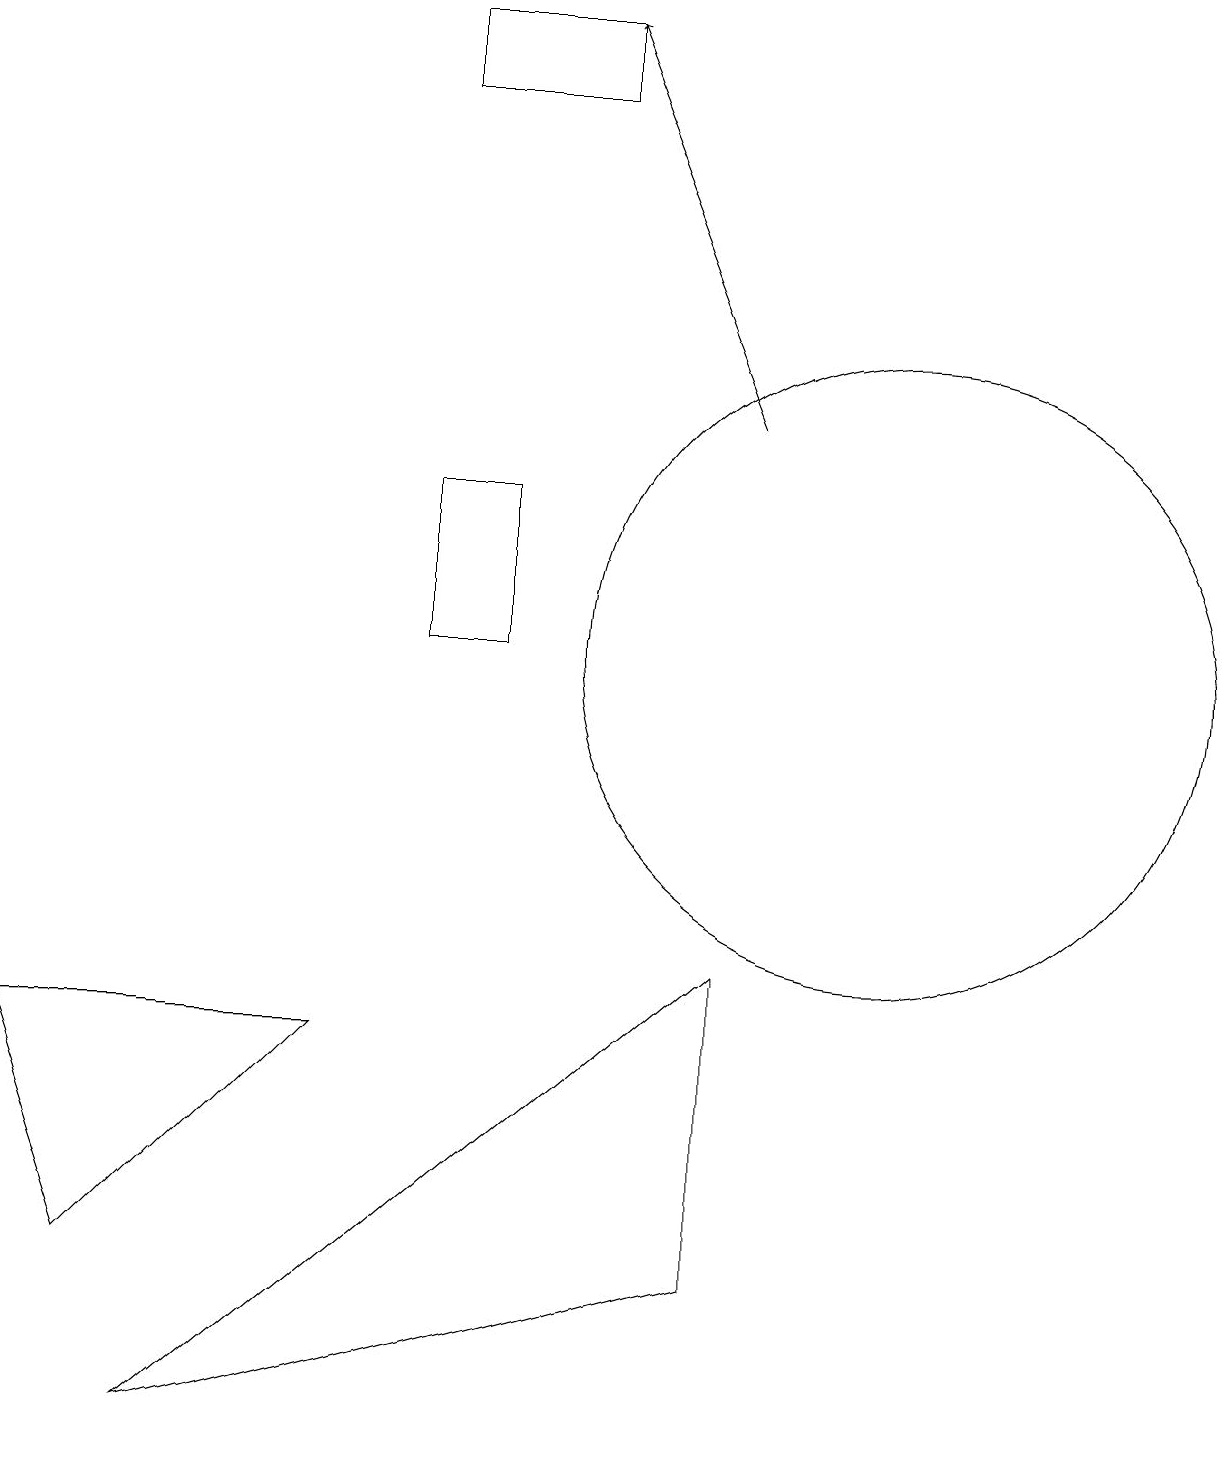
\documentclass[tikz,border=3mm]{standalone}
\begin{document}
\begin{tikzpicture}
\draw (7,18) rectangle (5,17);
\draw (11,10) circle (4);
\draw (9,2) -- (2,0) -- (9,6) -- cycle;
\draw[->] (9,13) -- (7,18);
\draw (1,2) -- (4,5) -- (0,5) -- cycle;
\draw (5,12) rectangle (6,10);
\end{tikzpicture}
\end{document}